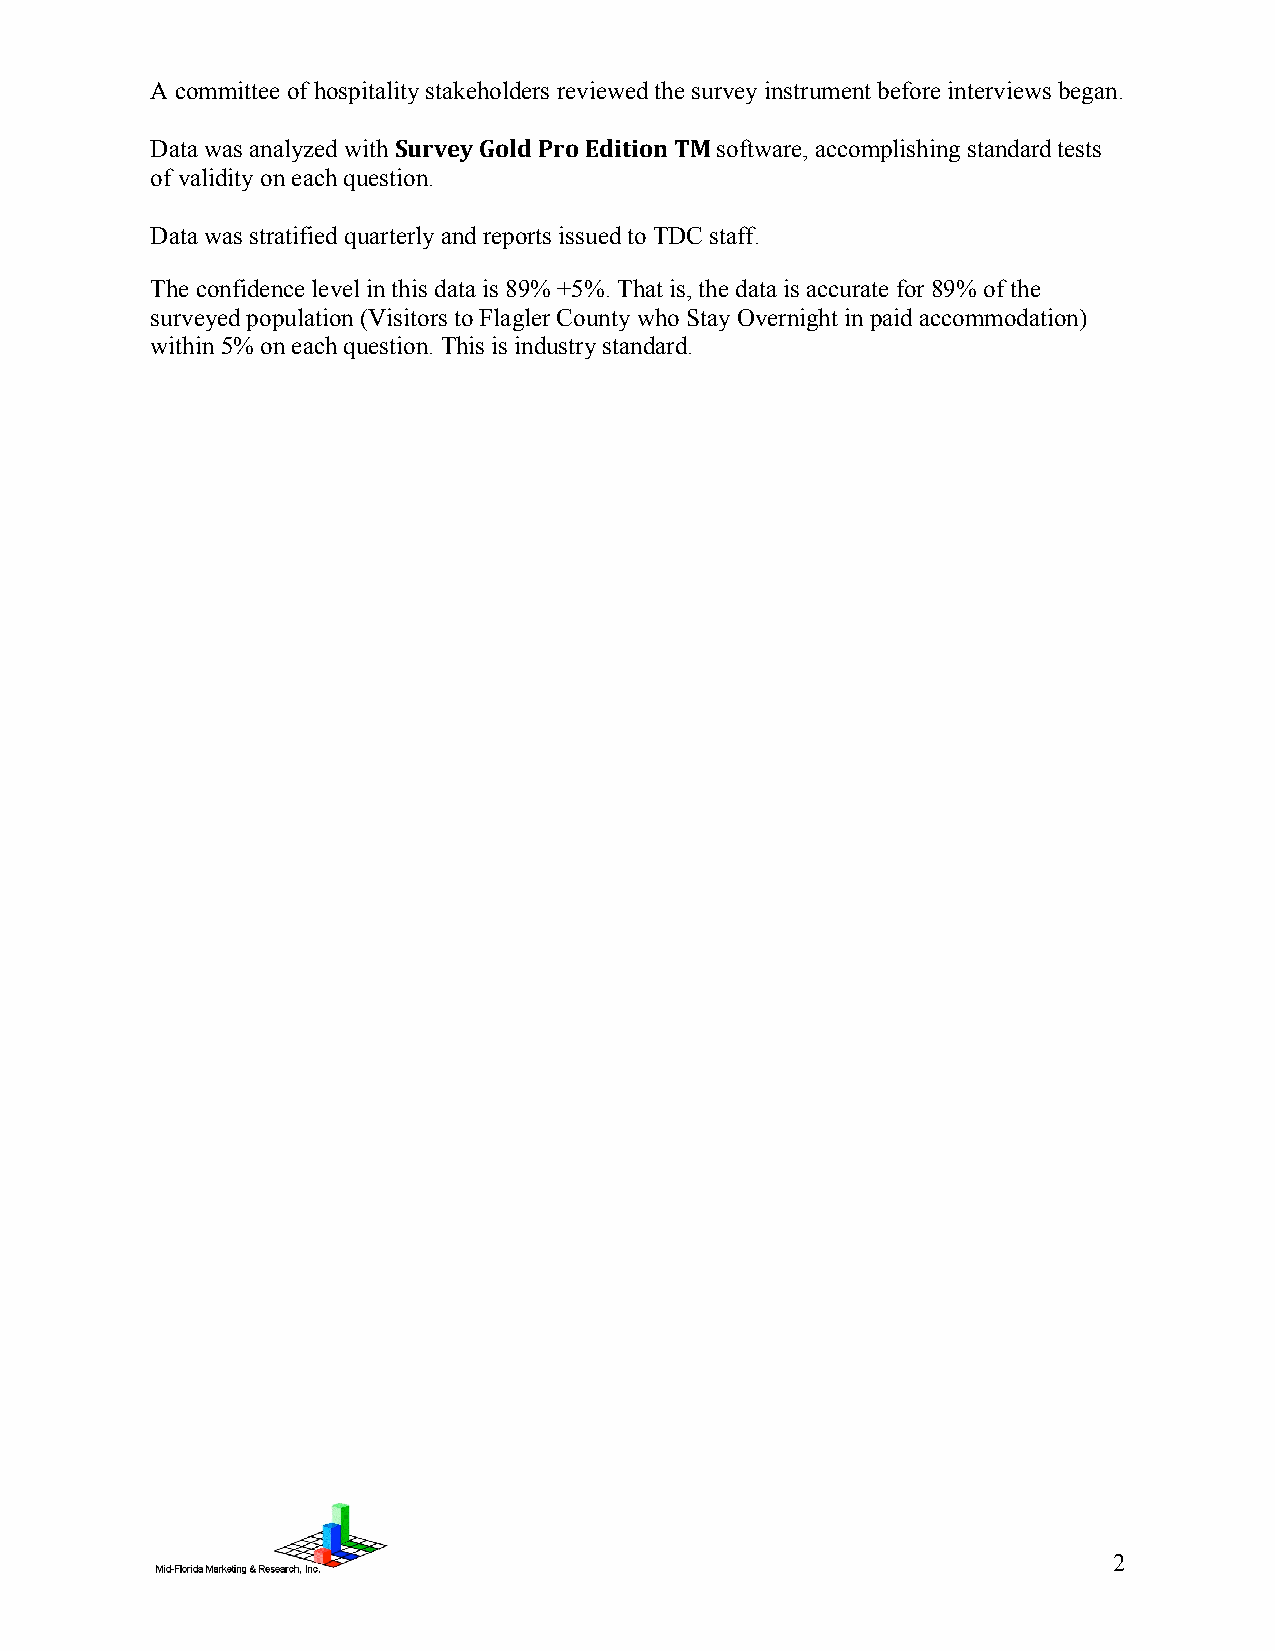
A committee of hospitality stakeholders reviewed the survey instrument before interviews began.
 Data was analyzed with Survey Gold Pro Edition TM software, accomplishing standard tests
 of validity on each question.
 Data was stratified quarterly and reports issued to TDC staff.
 The confidence level in this data is 89% +5%. That is, the data is accurate for 89% of the
 surveyed population (Visitors to Flagler County who Stay Overnight in paid accommodation)
 within 5% on each question. This is industry standard.
 2